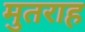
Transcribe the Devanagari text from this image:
मुतराह